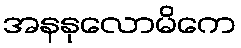
အနနုလောမိကေ